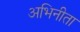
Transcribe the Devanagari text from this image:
अभिनीता